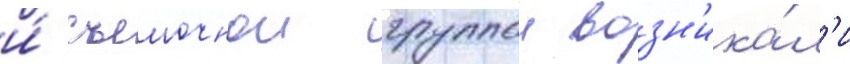
и́ съемочнои группои возн'ика́л'и